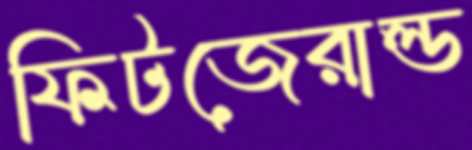
ফিটজেরাল্ড